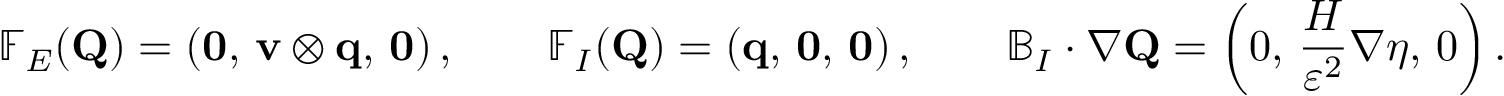
\mathbb { F } _ { E } ( \mathbf { Q } ) = \left( \mathbf { 0 } , \, \mathbf { v } \otimes \mathbf { q } , \, \mathbf { 0 } \right) , \qquad \mathbb { F } _ { I } ( \mathbf { Q } ) = \left( \mathbf { q } , \, \mathbf { 0 } , \, \mathbf { 0 } \right) , \qquad \mathbb { B } _ { I } \cdot \nabla \mathbf { Q } = \left( 0 , \, \frac { H } { \varepsilon ^ { 2 } } \nabla \eta , \, 0 \right) .